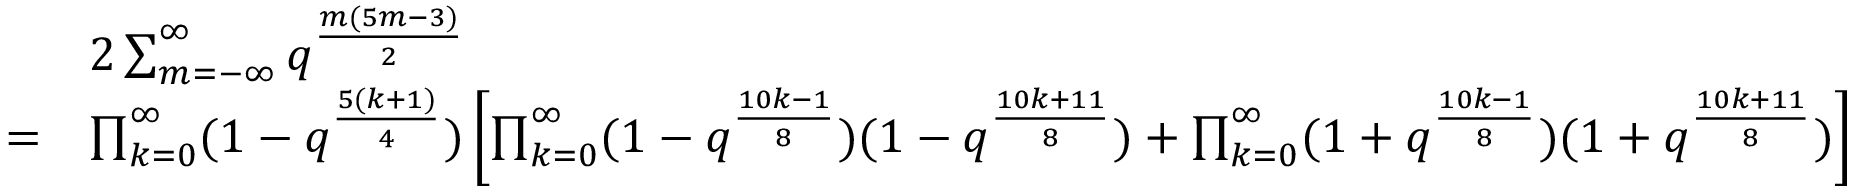
\begin{array} { r l } & { 2 \sum _ { m = - \infty } ^ { \infty } q ^ { \frac { m ( 5 m - 3 ) } { 2 } } } \\ { = } & { \prod _ { k = 0 } ^ { \infty } ( 1 - q ^ { \frac { 5 ( k + 1 ) } { 4 } } ) \left[ \prod _ { k = 0 } ^ { \infty } ( 1 - q ^ { \frac { 1 0 k - 1 } { 8 } } ) ( 1 - q ^ { \frac { 1 0 k + 1 1 } { 8 } } ) + \prod _ { k = 0 } ^ { \infty } ( 1 + q ^ { \frac { 1 0 k - 1 } { 8 } } ) ( 1 + q ^ { \frac { 1 0 k + 1 1 } { 8 } } ) \right] } \end{array}